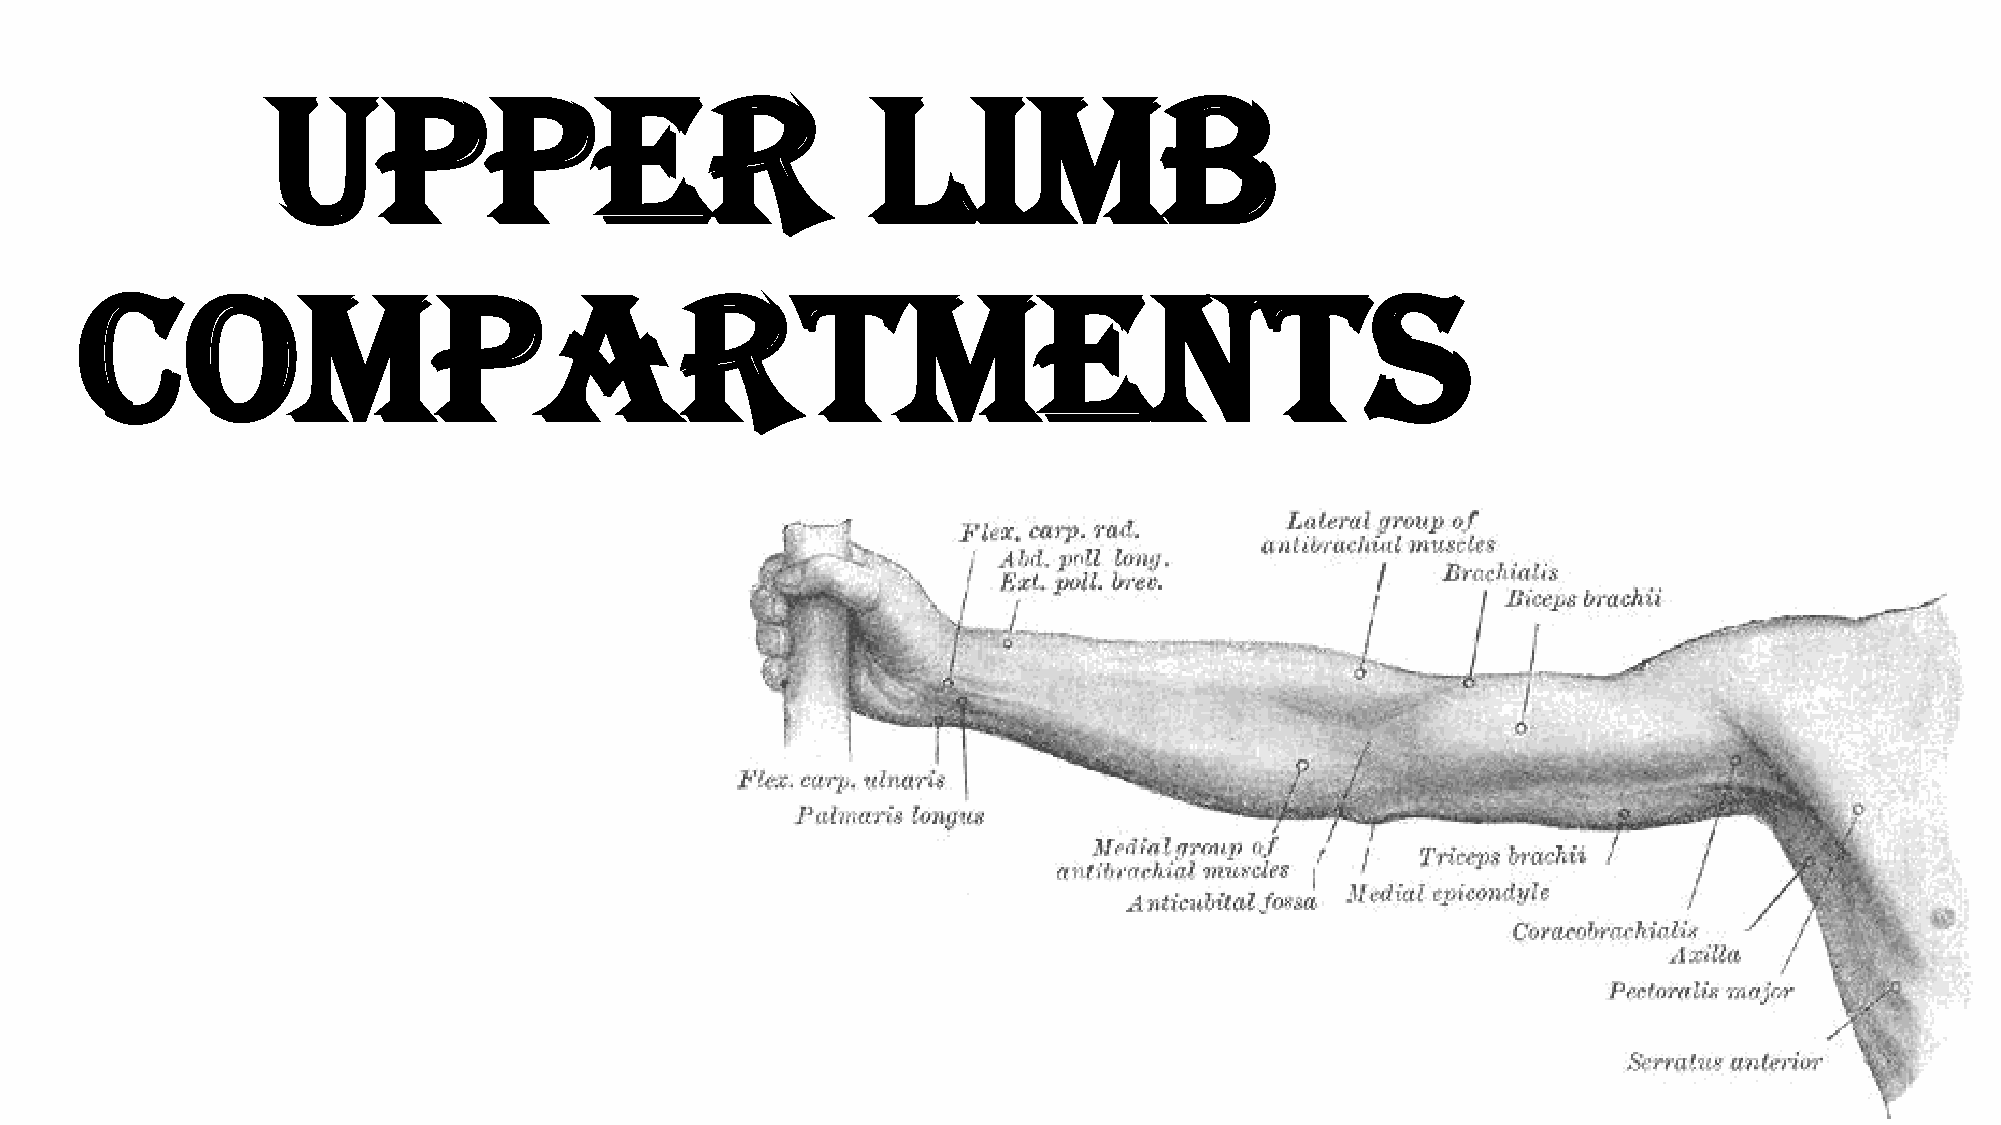
UPPER                                   Limb
 Compartments